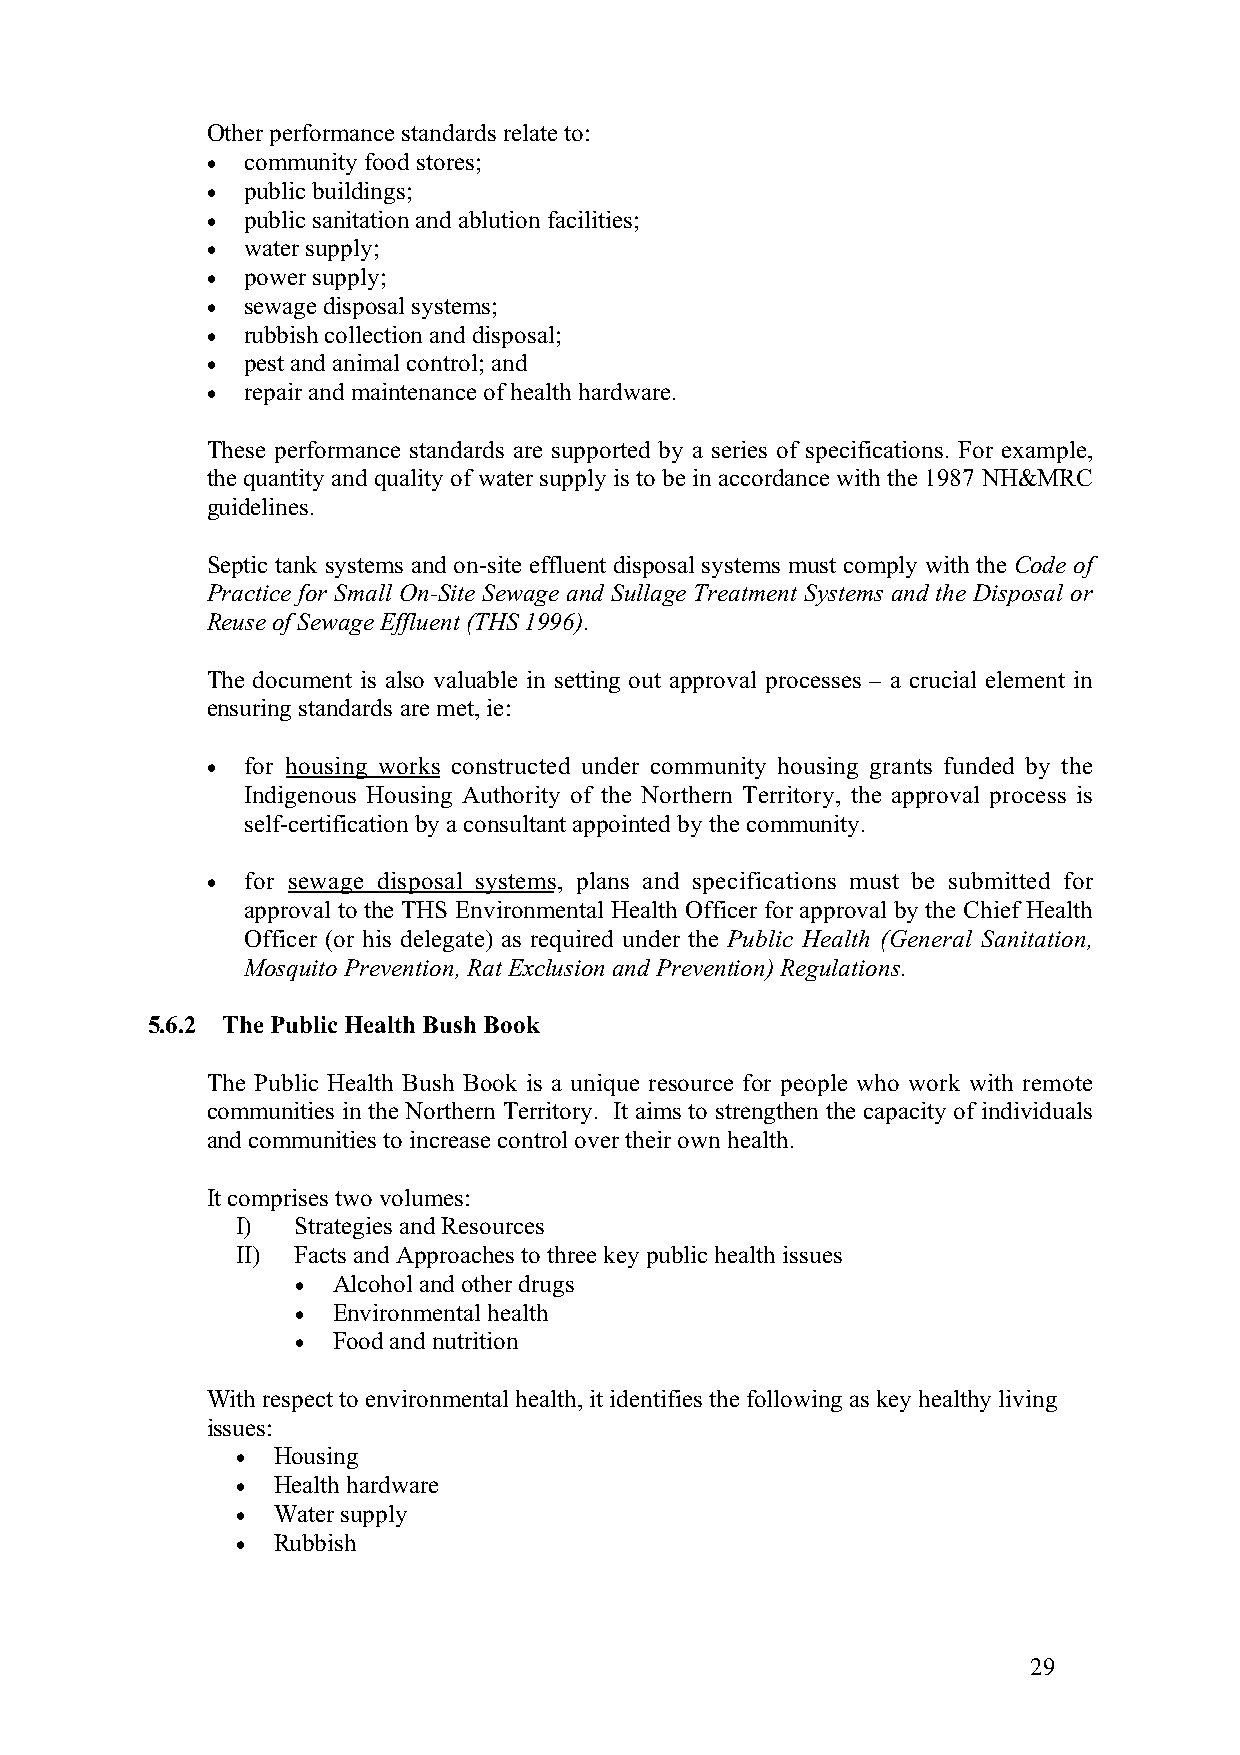
Other performance standards relate to:
 • community food stores;
 • public buildings;
 • public sanitation and ablution facilities;
 • water supply;
 • power supply;
 • sewage disposal systems;
 • rubbish collection and disposal;
 • pest and animal control; and
 • repair and maintenance of health hardware.
 These performance standards are supported by a series of specifications. For example,
 the quantity and quality of water supply is to be in accordance with the 1987 NH&MRC
 guidelines.
 Septic tank systems and on-site effluent disposal systems must comply with the Code of
 Practice for Small On-Site Sewage and Sullage Treatment Systems and the Disposal or
 Reuse of Sewage Effluent (THS 1996).
 The document is also valuable in setting out approval processes – a crucial element in
 ensuring standards are met, ie:
 • for housing works constructed under community housing grants funded by the
 Indigenous Housing Authority of the Northern Territory, the approval process is
 self-certification by a consultant appointed by the community.
 • for sewage disposal systems, plans and specifications must be submitted for
 approval to the THS Environmental Health Officer for approval by the Chief Health
 Officer (or his delegate) as required under the Public Health (General Sanitation,
 Mosquito Prevention, Rat Exclusion and Prevention) Regulations.
 5.6.2 The Public Health Bush Book
 The Public Health Bush Book is a unique resource for people who work with remote
 communities in the Northern Territory. It aims to strengthen the capacity of individuals
 and communities to increase control over their own health.
 It comprises two volumes:
 I)  Strategies and Resources
 II) Facts and Approaches to three key public health issues
 • Alcohol and other drugs
 • Environmental health
 • Food and nutrition
 With respect to environmental health, it identifies the following as key healthy living
 issues:
 • Housing
 • Health hardware
 • Water supply
 • Rubbish
 29